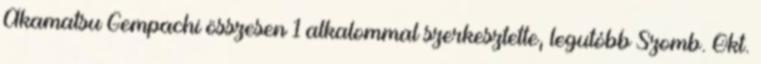
Akamatsu Gempachi összesen 1 alkalommal szerkesztette, legutóbb Szomb. Okt.